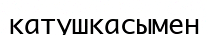
катушкасымен